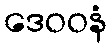
ဒေဝဝနံ